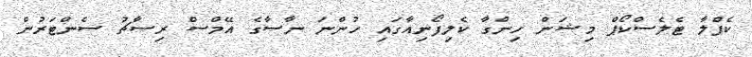
ކެޕްލާ ޓެލެސްކޯޕް މިޝަން ހިންގާ ކެލިފޯނިއާގައި ހުންނަ ނާސާގެ އޭމްސް ރިސާޗު ސެންޓަރުން